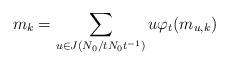
LaTeX: \begin{align*}m_k=\sum_{u\in J(N_0/tN_0t^{-1})}u\varphi_t(m_{u,k}) \end{align*}